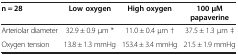
<table><thead><tr><td><b>n = 28</b></td><td><b>Low oxygen</b></td><td><b>High oxygen</b></td><td><b>100 μM papaverine</b></td></tr></thead><tbody><tr><td>Arteriolar diameter</td><td>32.9 ± 0.9 μm *</td><td>11.0 ± 0.4 μm †</td><td>37.5 ± 1.3 μm ‡</td></tr><tr><td>Oxygen tension</td><td>13.8 ± 1.3 mmHg</td><td>153.4 ± 3.4 mmHg</td><td>21.5 ± 1.9 mmHg</td></tr></tbody></table>